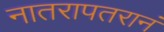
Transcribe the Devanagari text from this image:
नातरापतरानं